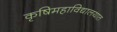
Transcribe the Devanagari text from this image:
कृषिमहाविद्यालयात